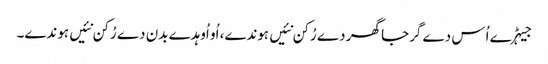
جیہڑے اُس دے گرجا گھر دے رُکن نئیں ہوندے، اُو اُوہدے بدن دے رُکن نئیں ہوندے۔